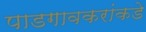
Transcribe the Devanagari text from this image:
पाडगावकरांकडे